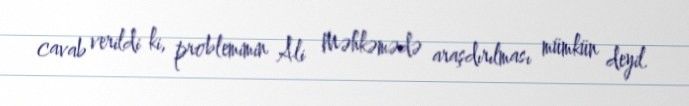
cavab verildi ki, problemimin Ali Məhkəmədə araşdırılması mümkün deyil.